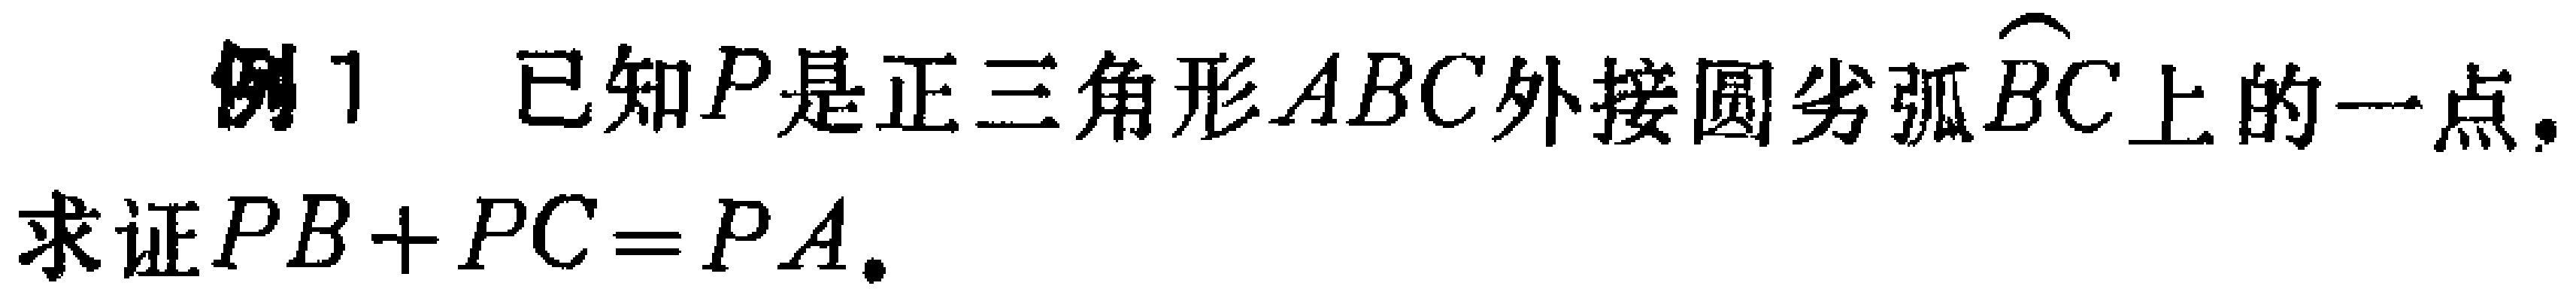
例1 已知\(P\)是正三角形\(ABC\)外接圆劣弧\(\overset{\frown}{BC}\)上的一点.
求证\(PB + PC = PA\).